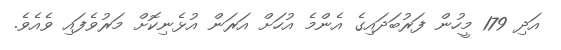
އަދި 179 މީހުން ފަރުބަދައިގެ އެންމެ އުހަށް އަރަން އުޅެނިކޮށް މަރުވެފައި ވެއެވެ.